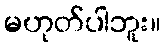
မဟုတ်ပါဘူး။